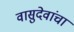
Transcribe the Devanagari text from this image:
वासुदेवांचा